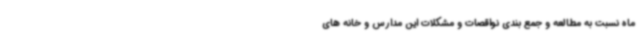
ماه نسبت به مطالعه و جمع بندی نواقصات و مشکلات این مدارس و خانه های